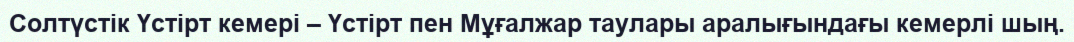
Солтүстік Үстірт кемері – Үстірт пен Мұғалжар таулары аралығындағы кемерлі шың.